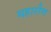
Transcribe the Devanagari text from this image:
महारीण